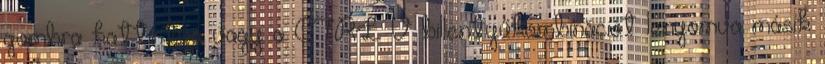
gombra kattintva vagy a CTRL V billentyűkombinációt lenyomva másik